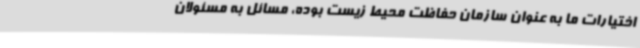
اختیارات ما به عنوان سازمان حفاظت محیط زیست بوده، مسائل به مسئولان